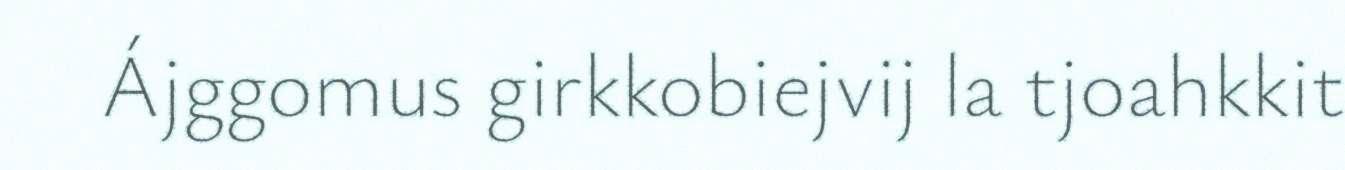
Ájggomus girkkobiejvij la tjoahkkit